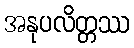
အနုပလိတ္တဿ